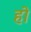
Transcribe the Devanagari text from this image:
होे